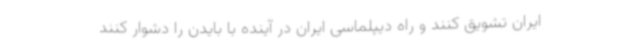
ایران تشویق کنند و راه دیپلماسی ایران در آینده با بایدن را دشوار کنند